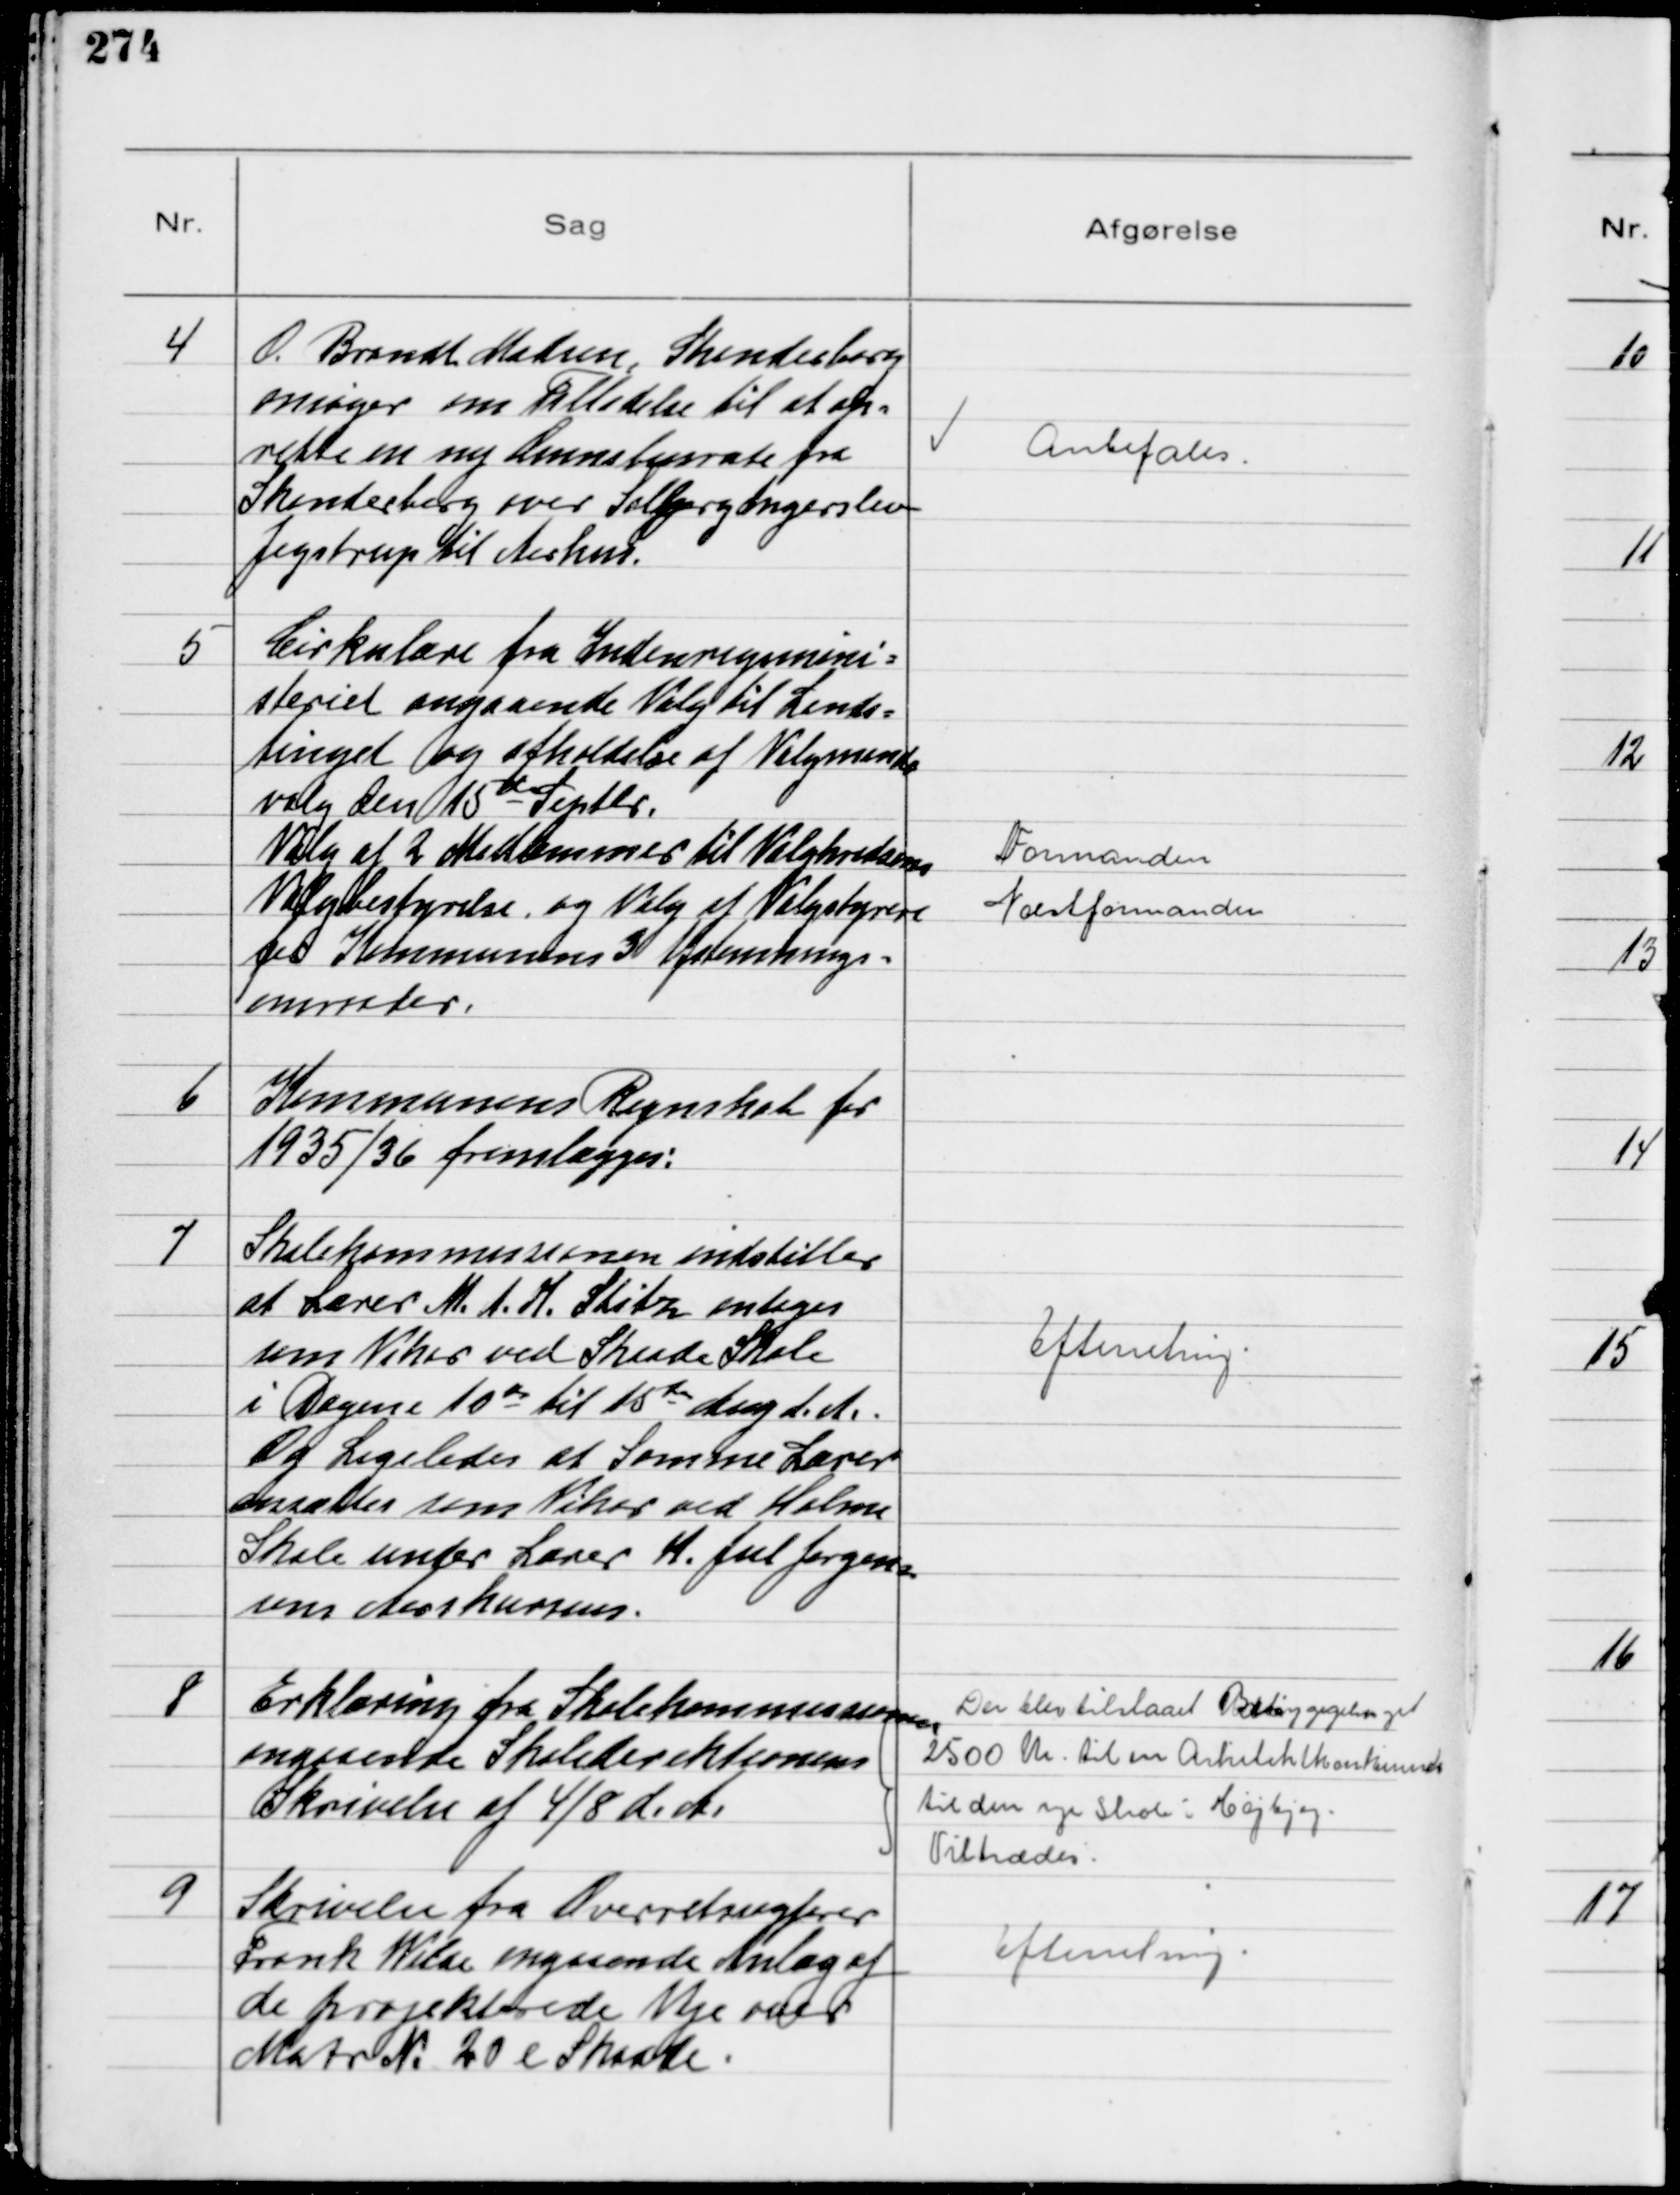
Transskription:
4
O. Brandt Madsen, Skanderborg
ansøger om Tilladelse til at op-
rette en ny Omnibusrute fra
Skanderborg over Solbjerg og Ingerslev
Jegstrup til Aarhus.

Anbefales

5
Cirkulære fra Indenrigsmini-
steriet angaaende Valg til Lands-
tinget og afholdelse af Valgmands
valg den 15de Septbr.
Valg af 2 Medlemmer til Valgkredsens
Valgbestyrelse, og Valg af Valgstyrere
for Kommunens 3 Afstemnings-
omraader.

Formanden
Næstformanden

6
Kommunens Regnskab for
1935/36 fremlægges:

7
Skolekommissionen indstiller
at Lærer M. A. K. Stitz antages
som Vikar ved Skaade Skole
i Dagene 10de til 15de Aug d. A.
Og Ligeledes at Samme Lærer
ansættes som Vikar ved Holme
Skole under Lærer K. Jul Jørgen-
sens Aarskursus.

Efterretning

8
Erklæring fra Skolekommissionen
angaaende Skoledirektionens
Skrivelse af 4/8 d. A.

Der blev tilstaaet Bebyggelsen
2500 Kr. til en Arkitektkonkurrence
til den nye Skole i Højbjerg
Tiltrædes

9
Skrivelse fra Overretssagfører
Frank Wilde angaaende Anlæg af
de projekterede Veje over
Matr N. 20e Skaade

Efterretning